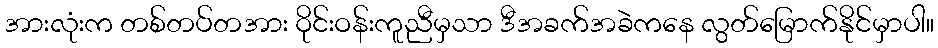
အားလုံးက တစ်တပ်တအား ဝိုင်းဝန်းကူညီမှသာ ဒီအခက်အခဲကနေ လွတ်မြောက်နိုင်မှာပါ။